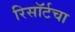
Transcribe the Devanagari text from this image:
रिसॉर्टचा